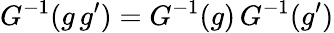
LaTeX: G^{-1}(g\, g^{\prime})=G^{-1}(g)\, G^{-1}(g^{\prime})